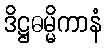
ဒိဋ္ဌဓမ္မိကာနံ